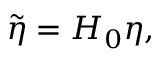
\widetilde { \eta } = H _ { 0 } \eta ,